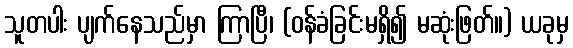
သူတပါး ပျက်နေသည်မှာ ကြာပြီ၊ (ဝန်ခံခြင်းမရှိ၍ မဆုံးဖြတ်။) ယခုမှ